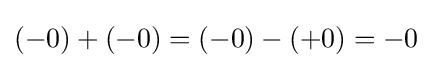
(-0)+(-0)=(-0)-(+0)=-0\,\!